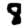
Digit: 8